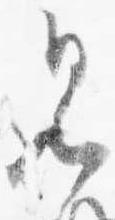
見